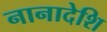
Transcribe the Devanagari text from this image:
नानादेशि